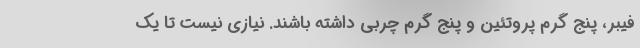
فیبر، پنج گرم پروتئین و پنج گرم چربی داشته باشند. نیازی نیست تا یک